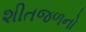
શીતજળનો